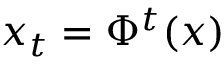
x _ { t } = \Phi ^ { t } ( x )